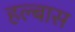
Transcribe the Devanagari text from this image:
हल्बास